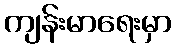
ကျန်းမာရေးမှာ